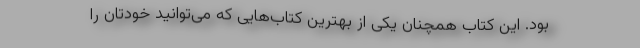
بود. این کتاب همچنان یکی از بهترین کتاب‌هایی که می‌توانید خودتان را